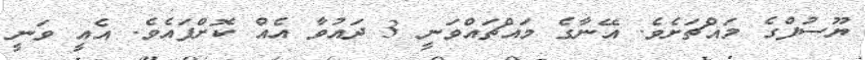
ޔޫސުފްގެ މައްޗަށެވެ. އޭނާގެ މައްޗައްވަނީ 3 ދައުވާ އެއް ކޮށްފައެވެ. އެއީ ވަނީ